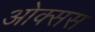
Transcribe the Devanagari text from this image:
ओक्सस